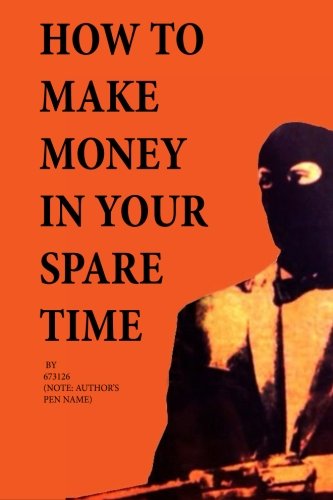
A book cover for How to Make Money in Your Spare Time; 673126; Humor & Entertainment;